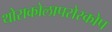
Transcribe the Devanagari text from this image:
थोराकोलापरोस्कोप